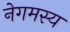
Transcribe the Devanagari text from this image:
नेगमस्य